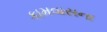
કામવાસના